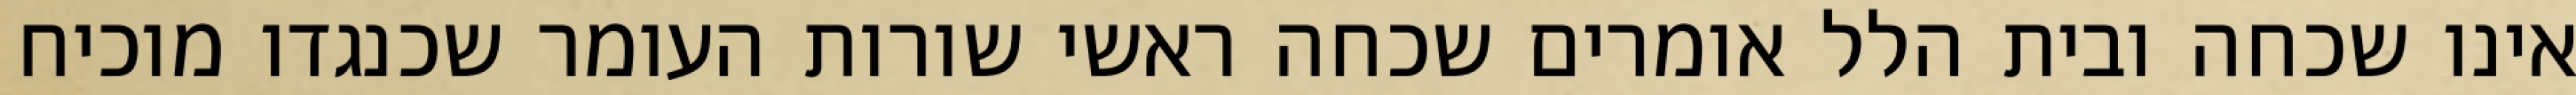
אינו שכחה ובית הלל אומרים שכחה ראשי שורות העומר שכנגדו מוכיח